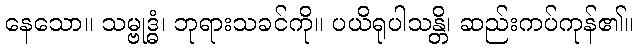
နေသော။ သမ္ဗုဒ္ဓံ၊ ဘုရားသခင်ကို။ ပယိရုပါသန္တိ၊ ဆည်းကပ်ကုန်၏။